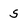
Character: S